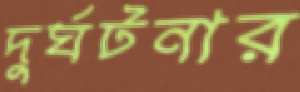
দুর্ঘটনার